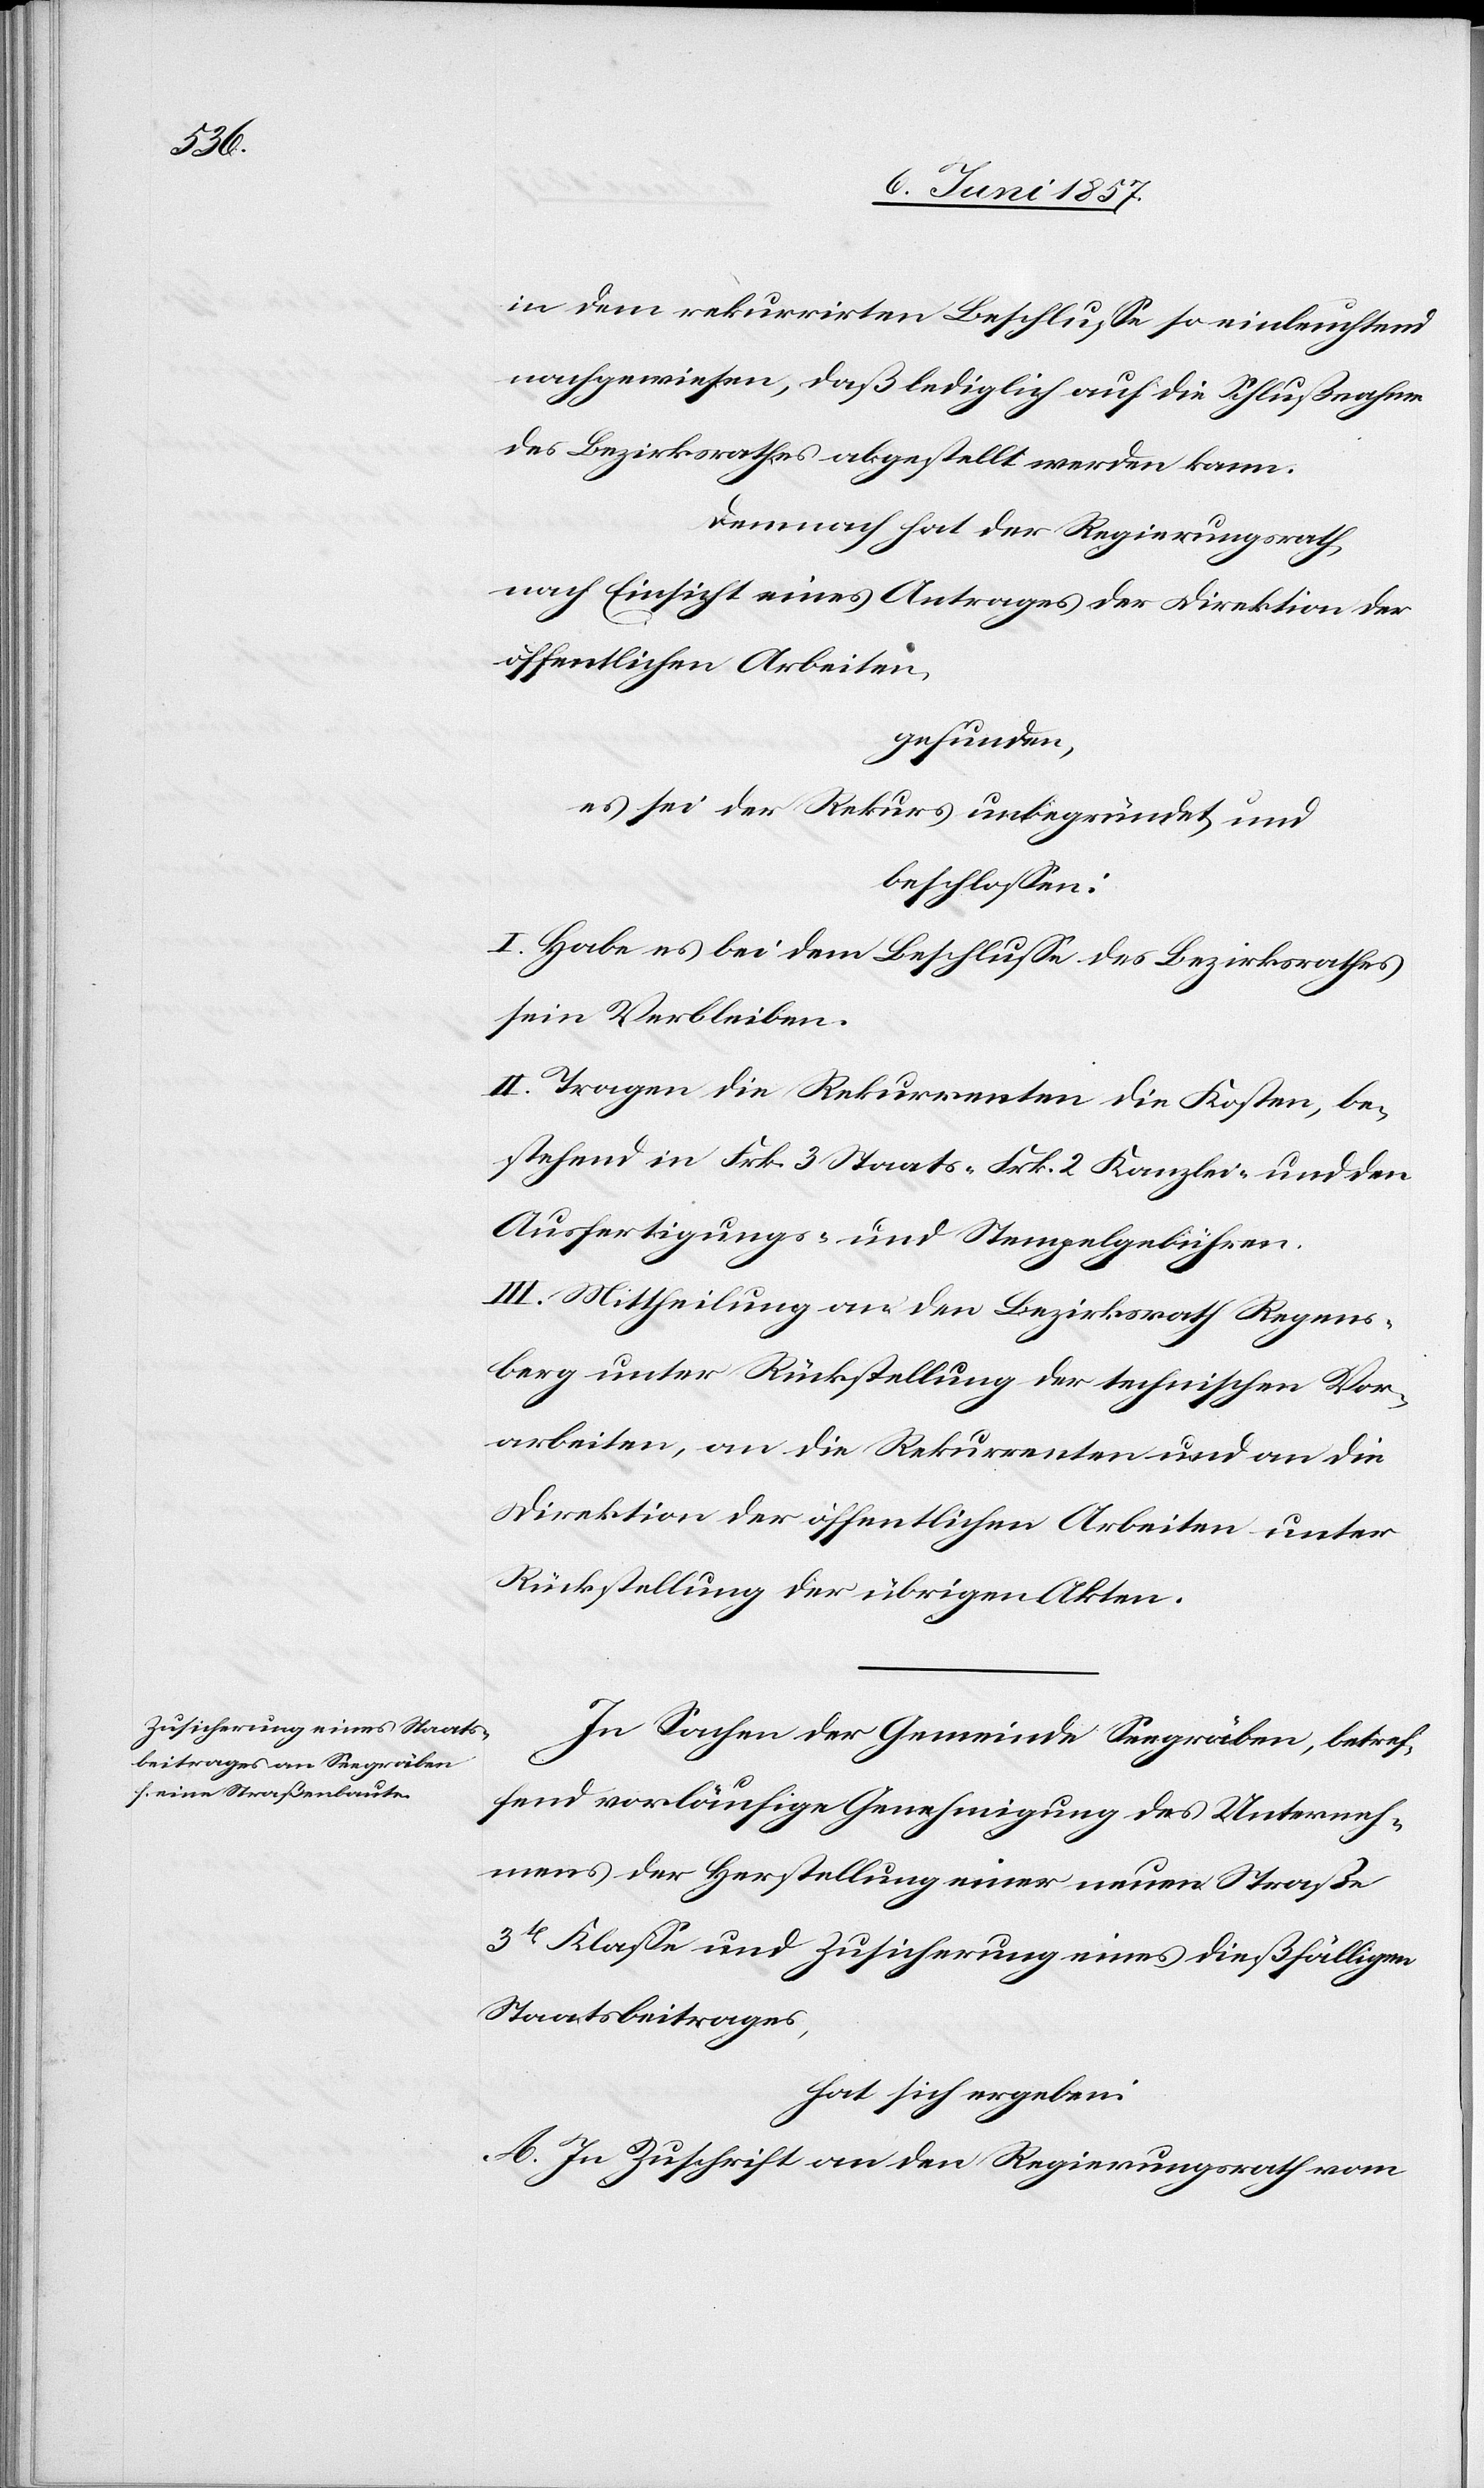
in dem rekurrirten Beschlusse so einleuchtend
nachgewiesen, daß lediglich auf die Schlußnahme
des Bezirksrathes abgestellt werden kann.
Demnach hat der Regierungsrath,
nach Einsicht eines Antrages der Direktion der
öffentlichen Arbeiten,
gefunden,
es sei der Rekurs unbegründet und
beschlossen:
I. Habe es bei dem Beschlusse des Bezirksrathes
sein Verbleiben.
II. Tragen die Rekurrenten die Kosten, be¬
stehend in Frk. 3 Staats- Frk. 2 Kanzlei- und den
Ausfertigungs- und Stempelgebühren.
III. Mittheilung an den Bezirksrath Regens¬
berg unter Rückstellung der technischen Vor¬
arbeiten, an die Rekurrenten und an die
Direktion der öffentlichen Arbeiten unter
Rückstellung der übrigen Akten.
In Sachen der Gemeinde Seegräben, betref¬
fend vorläufige Genehmigung des Unterneh¬
mens der Herstellung einer neuen Straße
3tr Klasse und Zusicherung eines dießfälligen
Staatsbeitrages,
hat sich ergeben:
A. In Zuschrift an den Regierungsrath vom